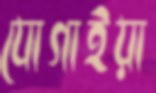
যোগাইয়া